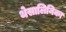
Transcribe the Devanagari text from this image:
थेसालिनिका